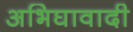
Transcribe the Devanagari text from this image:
अभिघावादी